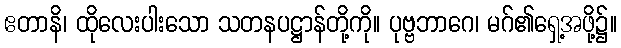
ဧတာနိ၊ ထိုလေးပါးသော သတနပဋ္ဌာန်တို့ကို။ ပုဗ္ဗဘာဂေ၊ မဂ်၏ရှေ့အဖို့၌။